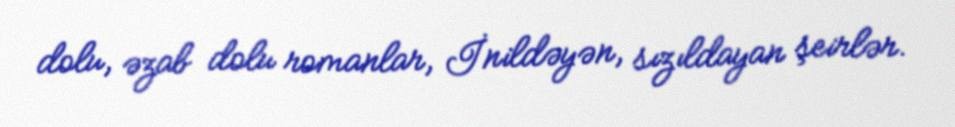
dolu, əzab dolu romanlar, İnildəyən, sızıldayan şeirlər.